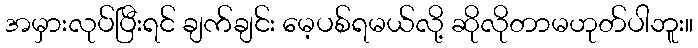
အမှားလုပ်ပြီးရင် ချက်ချင်း မေ့ပစ်ရမယ်လို့ ဆိုလိုတာမဟုတ်ပါဘူး။